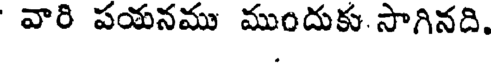
వారి పయనము ముందుకు సాగినది.